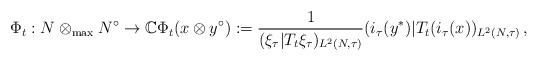
LaTeX: \begin{align*}\Phi_t: N\otimes_{\rm max}N^\circ \rightarrow\mathbb{C}\Phi_t (x\otimes y^\circ):=\frac{1}{(\xi_\tau|T_t\xi_\tau)_{L^2(N,\tau)}}(i_\tau (y^*) | T_t (i_\tau (x))_{L^2(N,\tau)}\, ,\end{align*}